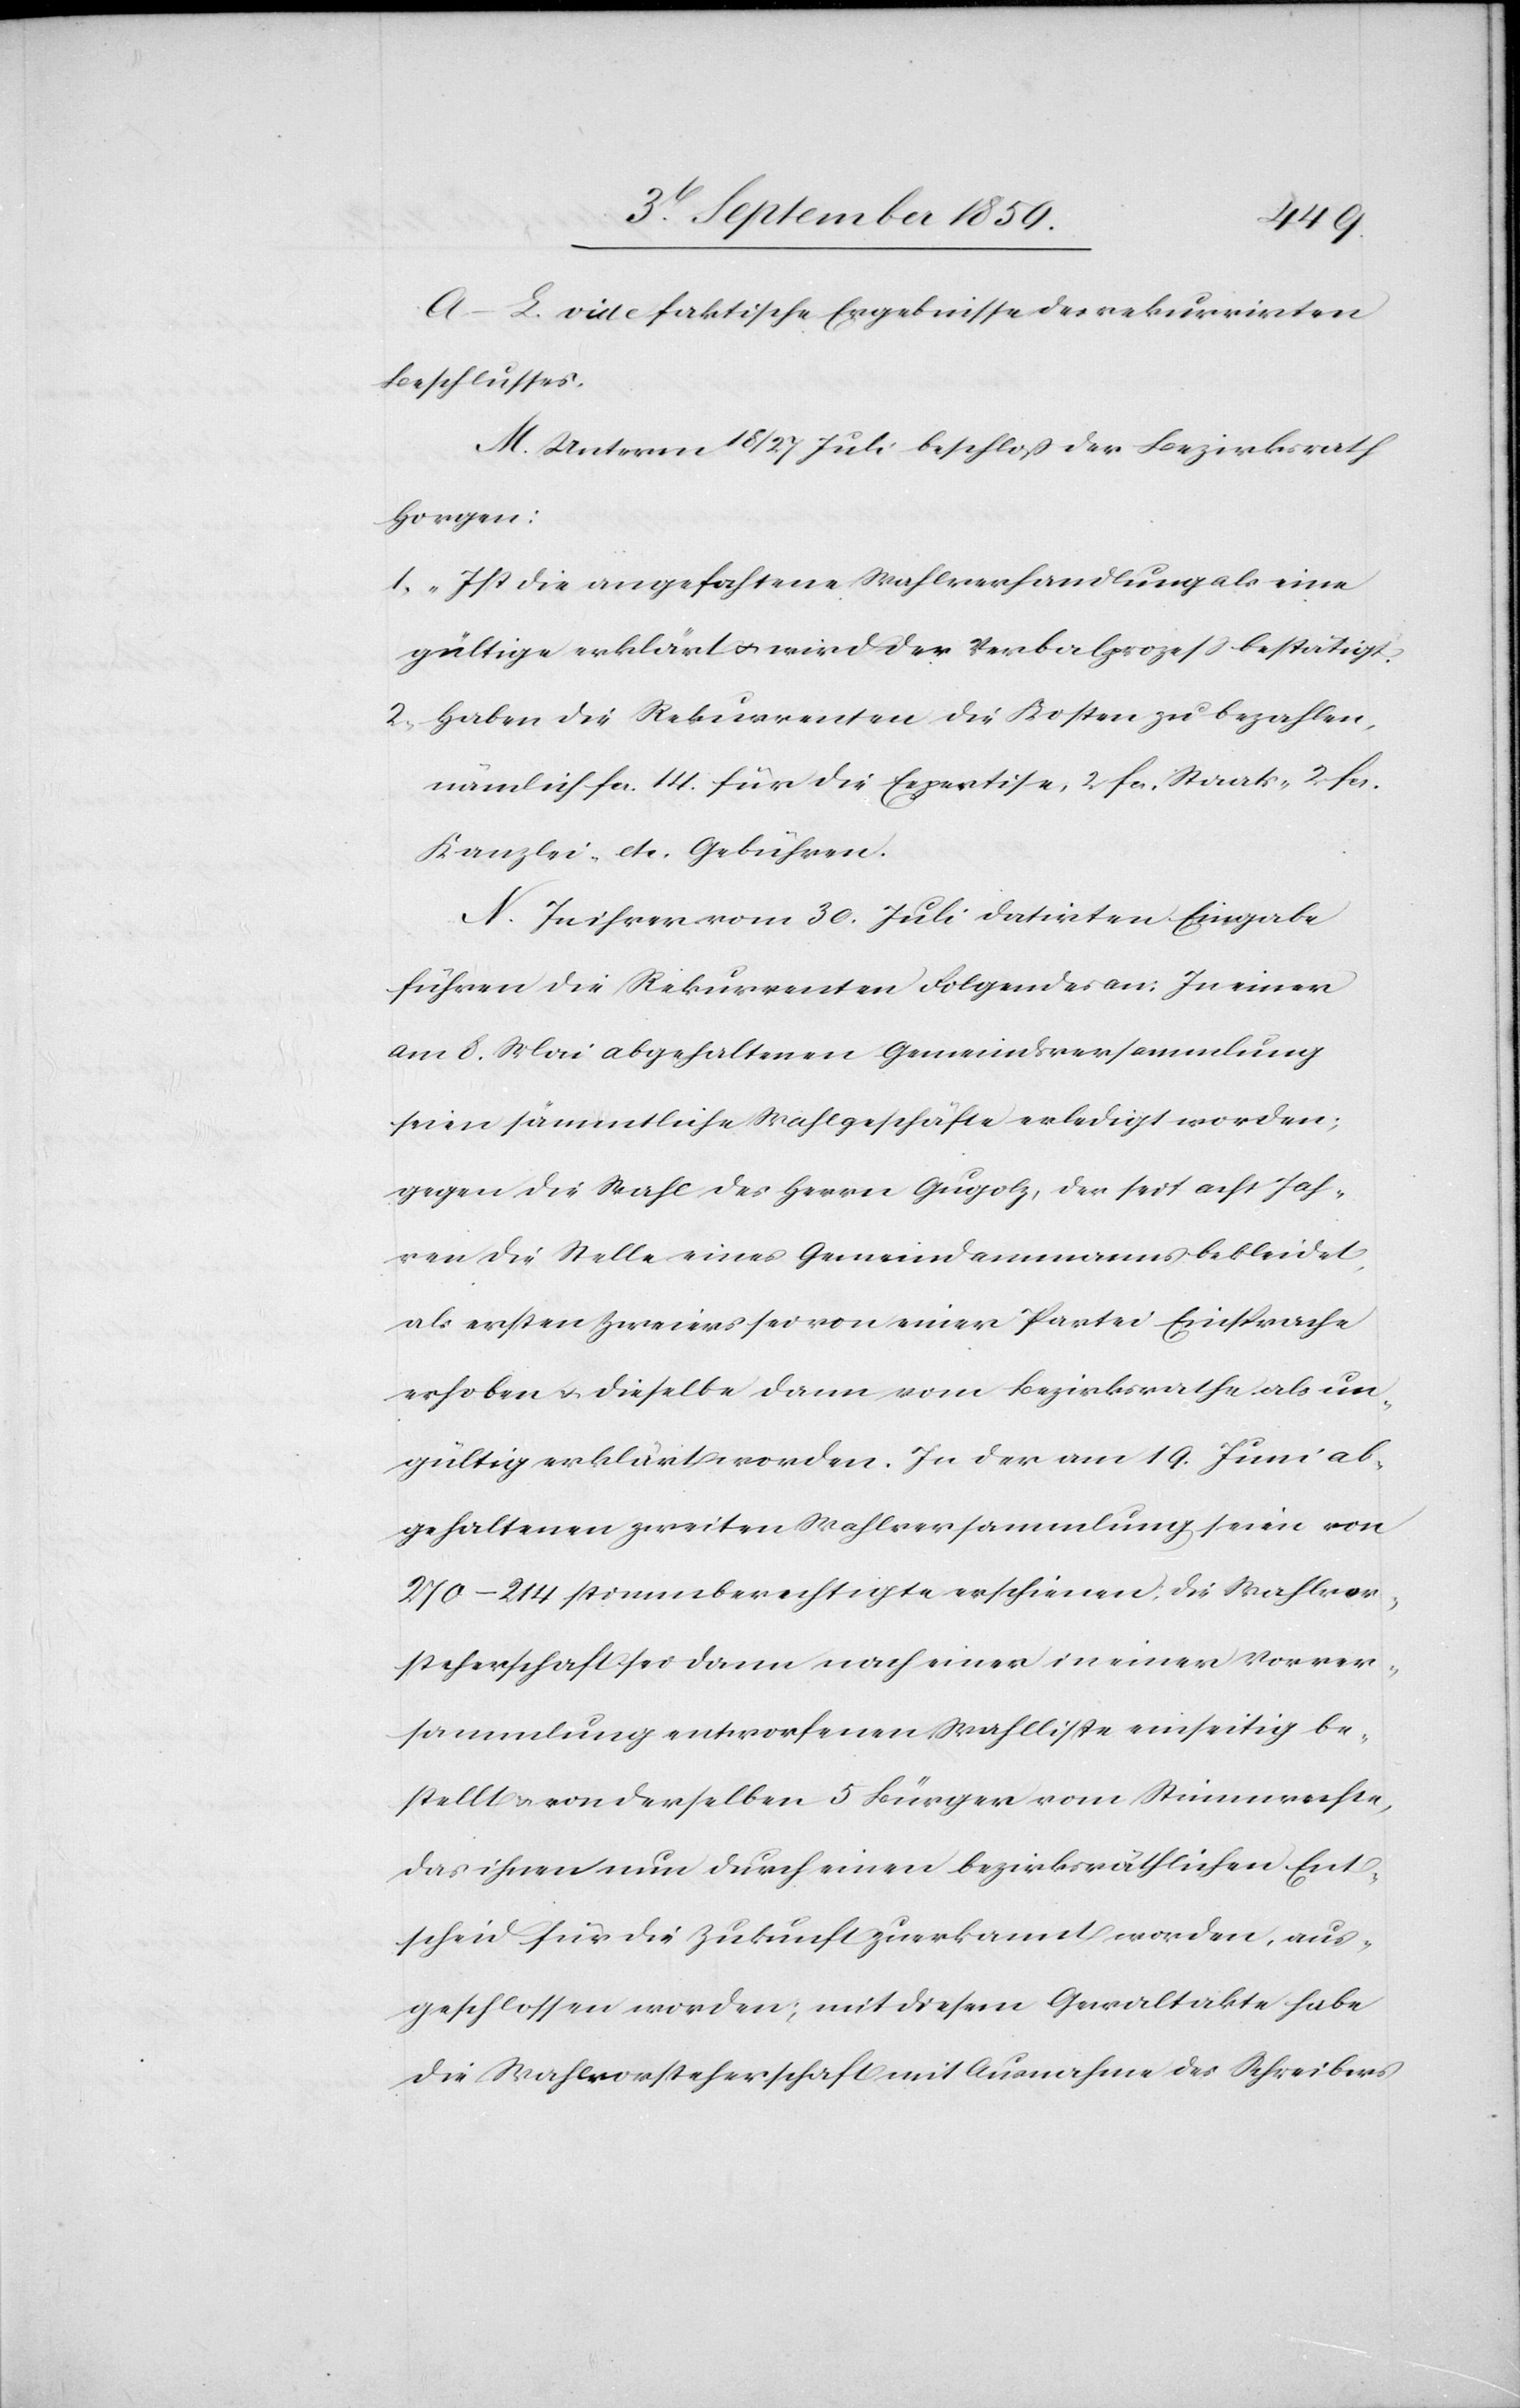
A.–L. vide faktische Ergebnisse des rekurrirten
Beschlusses.
M. Unterm 15/27 Juli beschloß der Bezirksrath
Horgen:
1. „Ist die angefochtene Wahlversammlung als eine
gültige erklärt & wird der Verbalprozeß bestätigt.
2. Haben die Rekurrenten die Kosten zu bezahlen,
nämlich fcs. 14. für die Expertise, 2. fcs. Staats- 2. fcs.
Kanzlei- etc. Gebühren.[“]
N. In ihrer vom 30. Juli datirten Eingabe
führen die Rekurrenten Folgendes an: In einer
am 8. Mai abgehaltenen Gemeindsversammlung
seien sämmtliche Wahlgeschäfte erledigt worden;
gegen die Wahl des Herrn Gugolz, der seit acht Jah¬
ren die Stelle eines Gemeindammanns bekleidet,
als ersten Zweiers sei von einer Partei Einsprache
erhoben & dieselbe dann vom Bezirksrathe als un¬
gültig erklärt worden. In der am 19. Juni ab¬
gehaltenen zweiten Wahlversammlung seien von
270 – 214 Stimmberechtigte erschienen, die Wahlvor¬
steherschaft sei dann nach einer in einer Vorver¬
sammlung entworfenen Wahlliste einseitig be¬
stellt & von derselben 5 Bürger vom Stimmrechte,
das ihnen nun durch einen bezirksräthlichen Ent¬
scheid für die Zukunft zuerkannt worden, aus¬
geschlossen worden; mit diesem Gewaltakte habe
die Wahlvorsteherschaft mit Ausnahme des Schreibers